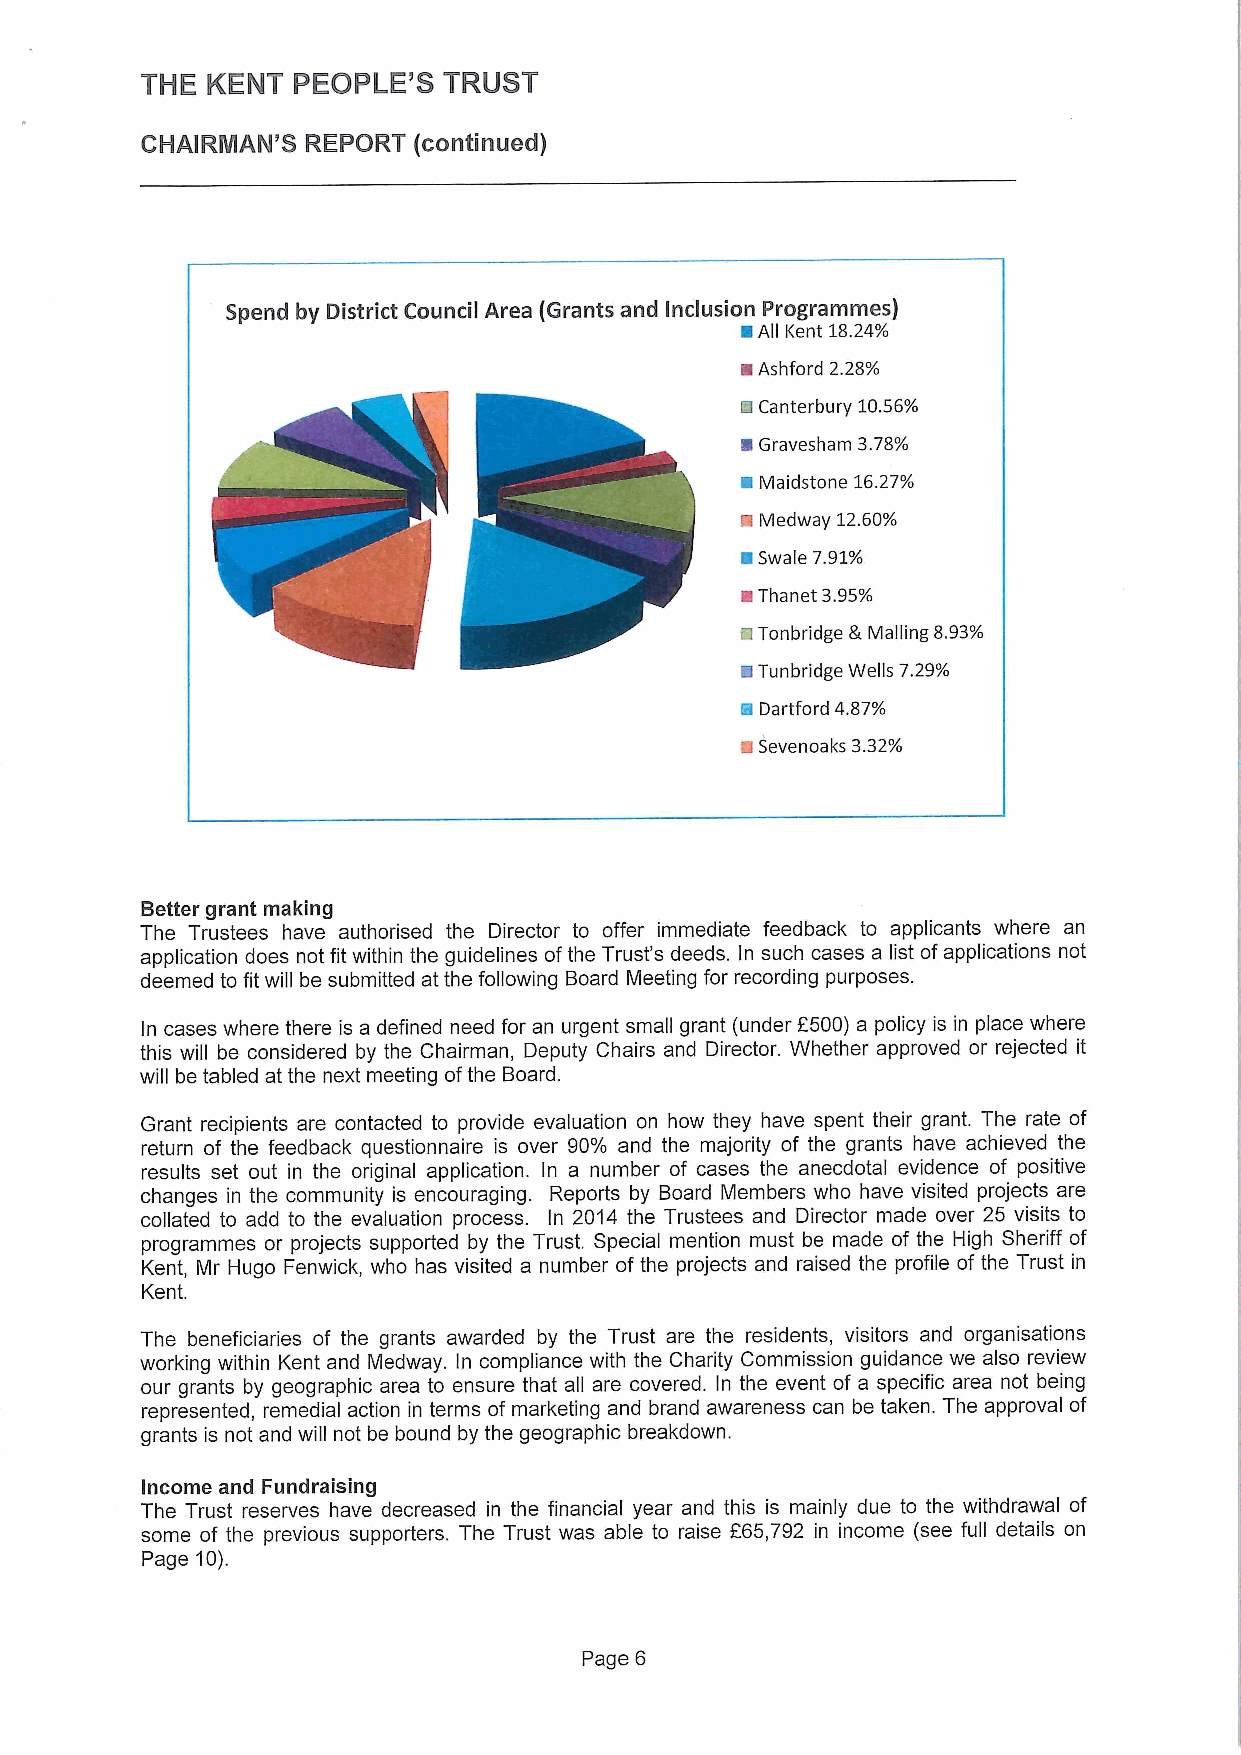
THE  KENT PEOPLE'8  TRUST
 CHAIRMAN'S REPORT (continued)
 Spend by District Council Area (Grants and Inclusion Programmes)
 ~ All Kent 18.24%
 ~Ashford 2.28%
 Ii Canterbury 10.56%
 ~Gravesham 3.78%
 8Maidstone 16.27%
 ~Medway 12.60%
 a Swale 7.91%
 ~Thanet 3.95%
 CiTonbridge 5 Mailing 8.93%
 ~Tunbridge Wells 7.29%
 il Dartford 4.87%
 ~Sevenoaks 3.32%
 Better grant making
 The Trustees have authorised the Director to offer immediate feedback to applicants where an
 application does not fit within the guidelines ofthe Trust's deeds. In such cases a list ofapplications not
 deemed to fit will be submitted at the following Board Meeting for recording purposes.
 In cases where there is a defined need for an urgent small grant (under 6500) a policy is in place where
 this will be considered by the Chairman, Deputy Chairs and Director. Whether approved or rejected it
 will be tabled at the next meeting ofthe Board.
 Grant recipients are contacted to provide evaluation on how they have spent their grant. The rate of
 return of the feedback questionnaire is over 90% and the majority of the grants have achieved the
 results set out in the original application. In a number of cases the anecdotal evidence of positive
 changes in the community is encouraging. Reports by Board Members who have visited projects are
 collated to add to the evaluation process. In 2014 the Trustees and Director made over 25 visits to
 programmes or projects supported by the Trust. Special mention must be made of the High Sheriff of
 Kent, Mr Hugo Fenwick, who has visited a number of the projects and raised the profile of the Trust in
 Kent.
 The beneficiaries of the grants awarded by the Trust are the residents, visitors and organisations
 working within Kent and Medway. In compliance with the Charity Commission guidance we also review
 our grants by geographic area to ensure that all are covered. In the event of a specific area not being
 represented, remedial action in terms of marketing and brand awareness can be taken. The approval of
 grants is not and will not be bound by the geographic breakdown.
 Income and Fundraising
 The Trust reserves have decreased in the financial year and this is mainly due to the withdrawal of
 some of the previous supporters. The Trust was able to raise 865,792 in income (see full details on
 Page 10).
 Page 6